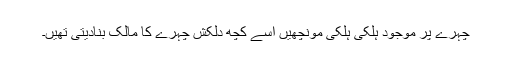
چہرے پر موجود ہلکی ہلکی مونچھیں اسے کچھ دلکش چہرے کا مالک بنادیتی تھیں۔